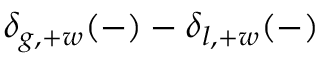
\delta _ { g , + w } ( - ) - \delta _ { l , + w } ( - )